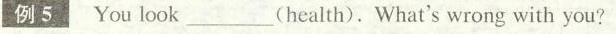
例5 You look ___(health). What's wrong with you?